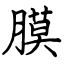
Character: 膜